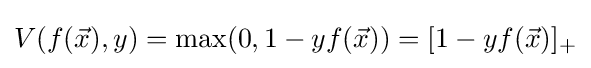
V(f({\vec {x}}),y)=\max(0,1-yf({\vec {x}}))=[1-yf({\vec {x}})]_{+}